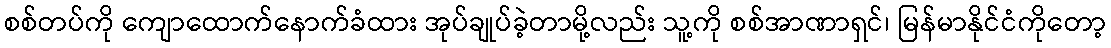
စစ်တပ်ကို ကျောထောက်နောက်ခံထား အုပ်ချုပ်ခဲ့တာမို့လည်း သူ့ကို စစ်အာဏာရှင်၊ မြန်မာနိုင်ငံကိုတော့